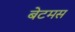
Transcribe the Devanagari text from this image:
बेटमस